Vaccination in the Punjab 1919-1929 - 1919-1929
Year: 1919
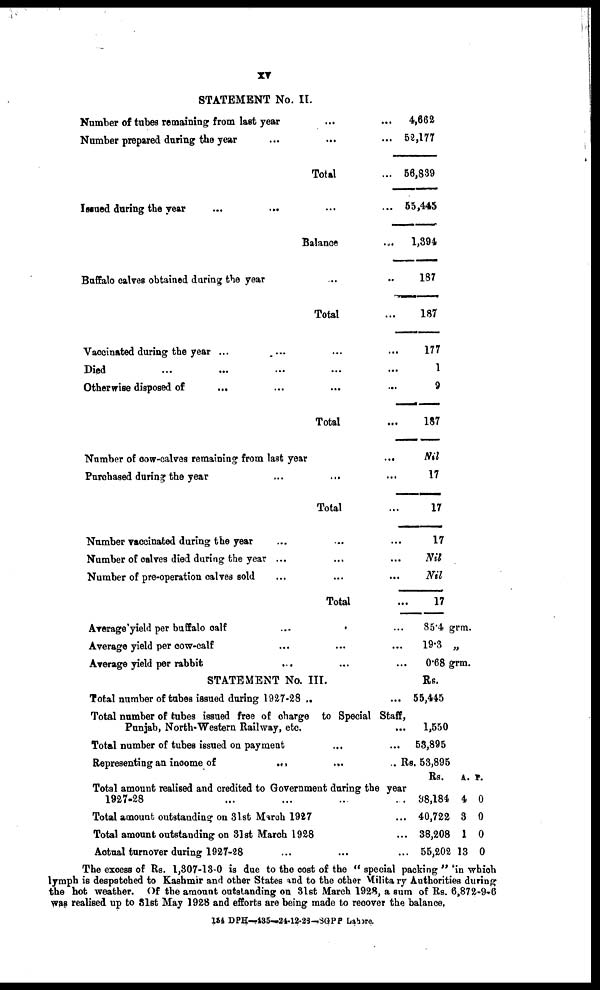
xi
STATEMENT No. II.
Number of tabes remaining from last year ... ...
Number prepared during the year ... ... ...
Total ...
Issued during the year
...
... ... ...
Balance ...
Buffalo calves obtained during the year ... ...
Total ...
Vaccinated during the year ...
... ... ...
Died ... ... ... ... ...
Otherwise disposed of
... ... ... ...
Total ...
Number of cow-calves remaining from last year
...
Purchased during the year ... ... ...
Total ...
Number vaccinated during the year ... ... ...
Number of calves died during the year ... ... ...
Number of pre-operation calves sold ... ... ...
Total ...
Average yield per buffalo calf ... ...
Average yield per cow-calf ... ... ...
Average yield per rabbit
... ... ...
STATEMENT No. III.
Total number of tubes issued during 1927-28 ... ...
Total number of tubes issued free of charge to Special Staff,
Punjab, North-Western Railway, etc. ...
Total number of tubes issued on payment ... ...
Representing an income of
...
...
...
Rs.
Total amount realised and credited to Government during the year
1927-28 ... ... ... ...
Total amount outstanding on 31st March 1927 ...
Total amount outstanding on 31st March 1928 ...
Actual turnover during 1927-28 ... ... ...
4,662
52,177
56,839
55,445
1,394
187
187
177
1
9
187
Nil
17
17
17
Nil
Nil
17
85.4 grm.
19.3 „
0.68 grm.
Rs.
55,445
1,550
53,895
53,895
Rs.
38,184
40,722
38,208
55,202
A.
4
3
1
13
P.
0
0
0
0
The excess of Rs. 1,307-13-0 is due to the cost of the "special packing" in which
lymph is despatched to Kashmir and other States and to the other Military Authorities during
the hot weather. Of the amount outstanding on 31st March 1928, a sum of Rs. 6,872-9-6
was realised up to 31st May 1928 and efforts are being made to recover the balance.
154 DPH—435—24-12-28—SGPP Lahore.